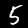
Label: 5